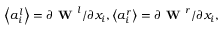
\left\langle a _ { i } ^ { l } \right\rangle = \partial \textbf { W } ^ { l } / \partial x _ { i } , \left\langle a _ { i } ^ { r } \right\rangle = \partial \textbf { W } ^ { r } / \partial x _ { i } ,